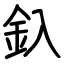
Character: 釞